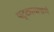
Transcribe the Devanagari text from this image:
पट्ट्याप्रमाणे